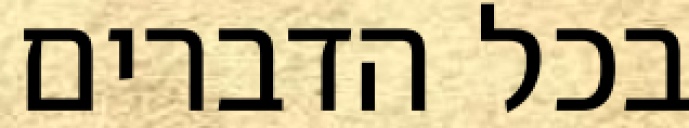
בכל הדברים